Lunatic asylums Central Provinces reports 1910-1926 - 1910-1926
Year: 1910
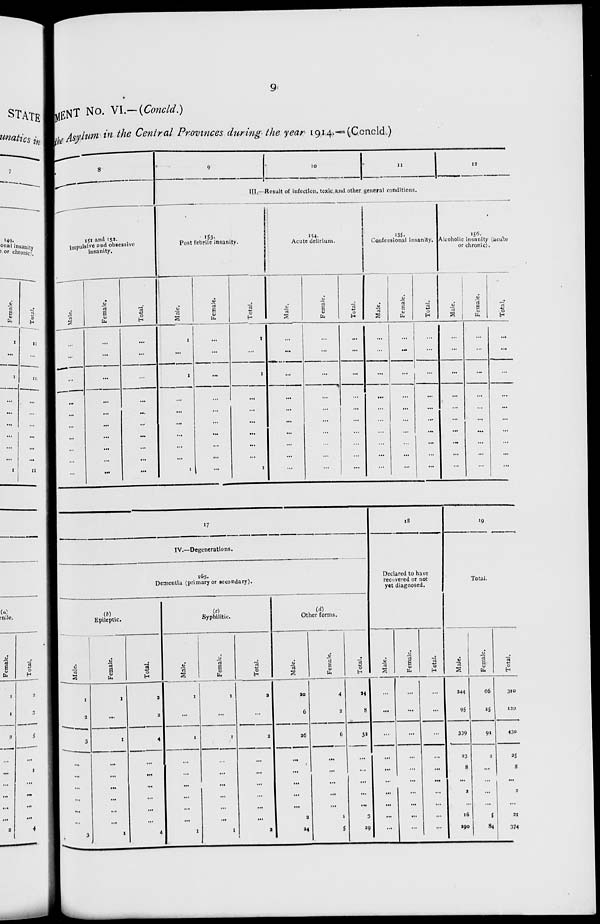
9
MENT No. VI.—(Concld.)
the Asylum in the Central Provinces during the year 1914.—(Concld)
8
151 and 152.
Impulsive and obsessive
insanity.
Male.
...
...
...
...
...
...
...
...
...
...
Female.
...
...
...
...
...
...
...
...
...
...
Total.
...
...
...
...
...
...
...
...
...
...
9
10
11
12
III.—Result of infection, toxic and other general conditions.
153
Post febrile insanity.
Male.
1
...
1
...
...
...
...
...
...
1
Female.
...
...
...
...
...
...
...
...
...
...
Total.
1
...
1
...
...
...
...
...
...
1
154.
Acute delirium.
Male.
...
...
...
...
...
...
...
...
...
...
Female.
...
...
...
...
...
...
...
...
...
...
Total.
...
...
...
...
...
...
...
...
...
...
155.
Confessional insanity.
Male.
...
...
...
...
...
...
...
...
...
...
Female.
...
...
...
...
...
...
...
...
...
...
Total.
...
...
...
...
...
...
...
...
...
...
156.
Alcoholic insanity (acute
or chronic).
Male.
...
...
...
...
...
...
...
...
...
...
Female.
...
...
...
...
...
...
...
...
...
...
Total.
...
...
...
...
...
...
...
...
...
...
17
IV.—Degenerations.
165.
Dementia (primary or secondary).
(b)
Epileptic.
Male.
1
2
3
...
...
...
...
...
...
3
Female.
1
...
1
...
...
...
...
...
...
1
Total.
2
2
4
...
...
...
...
...
...
4
(c)
Syphilitic.
Male.
1
...
1
...
...
...
...
...
...
1
Female.
1
...
1
...
...
...
...
...
...
1
Total.
2
...
2
...
...
...
...
...
...
2
(d)
Other forms.
Male.
20
6
26
...
...
...
...
...
2
24
Female.
4
2
6
...
...
...
...
...
1
5
Total.
24
8
32
...
...
...
...
...
3
29
18
Declared to have
recovered or not
yet diagnosed.
Male.
...
...
...
...
...
...
...
...
...
...
Female.
...
...
...
...
...
...
...
...
...
...
Total.
...
...
...
...
...
...
...
...
...
...
19
Total.
Male.
244
95
339
23
8
...
2
...
16
290
Female.
66
25
91
2
...
...
...
...
5
84
Total.
310
120
430
25
8
...
2
...
21
374